Annual vaccination report of Bihar and Orissa - 1911-1928
Year: 1911
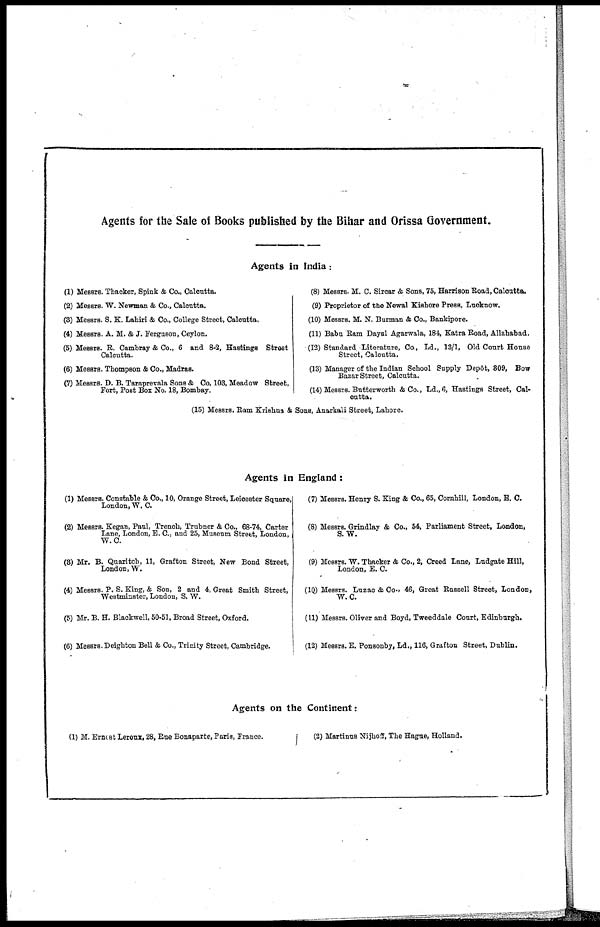
Agents for the Sale of Books published by the Bihar and Orissa Government.
Agents in India:
(1) Messrs. Thacker, Spink & Co., Calcutta.
(2) Messrs. W. Newman & Co., Calcutta.
(3) Messrs. S. K. Lahiri & Co., College Street, Calcutta.
(4) Messrs. A. M. & J. Ferguson, Ceylon.
(5) Messrs. R. Cambray & Co., 6 and 8-2, Hastings Street
Calcutta.
(6) Messrs. Thompson & Co., Madras.
(7) Messrs. D. B. Taraprevala Sons & Co, 103, Meadow Street,
Fort, Post Box No. 18, Bombay.
(8) Messrs. M. C. Sircar & Sons, 75, Harrison Road, Calcutta.
(9) Proprietor of the Newal Kishore Press, Lucknow.
(10) Messrs. M. N. Burman & Co., Bankipore.
(11) Babu Ram Daysl Agarwala, 184, Katra Road, Allahabad.
(12) Standard Literature, Co., Ld., 13/1, Old Court House
Street, Calcutta.
(13) Manager of the Indian School Supply Depôt, 309, Bow
Bazar Street, Calcutta.
(14) Messrs. Butterworth & Co., Ld., 6, Hastings Street, Cal-
cutta.
(15) Messrs. Bam Krishna & Sons, Anarkali Street, Lahore.
Agents in England:
(1) Messrs. Constable & Co., 10, Orange Street, Leicester Square,
London, W. C.
(2) Messrs. Kegan, Paul, Trench, Trubner & Co., 68-74, Carter
Lane, London, E. C., and 25, Museum Street, London,
W.C.
(8) Mr. B. Quaritch, 11, Grafton Street, New Bond Street,
London, W.
(4) Messrs. P. S. King, & Son, 2 and 4, Great Smith Street,
Westminster, London, S. W.
(5) Mr. B. H. Blackwell, 50-51, Broad Street, Oxford.
(6) Messrs. Deighton Bell & Co., Trinity Street, Cambridge.
(7) Messrs. Henry S. King & Co., 65, Cornhill, London, E. C.
(8) Messrs. Grindlay & Co., 54, Parliament Street, London,
S.W.
(9) Messrs. W. Thacker & Co., 2, Creed Lane, Ludgate Hill,
London, E. C.
(10) Messrs. Luzac & Co., 46, Great Russell Street, London,
W.C.
(11) Messrs. Oliver and Boyd, Tweeddale Court, Edinburgh.
(12) Messrs. E. Ponsonby, Ld., 116, Grafton Street, Dublin.
Agents on the Continent:
(1) M. Ernest Leroux, 28, Rue Bonaparte, Paris, France.
(2) Martinus Nijhoff, The Hague, Holland.